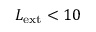
L _ { \mathrm { e x t } } < 1 0